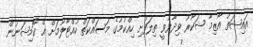
އައިޝަތު އާޒިމާ ޝަކޫރު ވިދާޅުވީ ތިލަފުށި ހިއްކުމުގެ މަސައްކަތް ހުއްޓާލުމަށް އެ ކޮމިޝަނުން